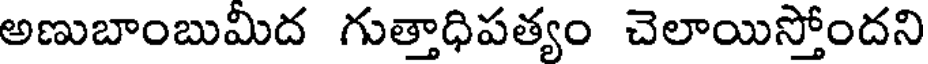
అణుబాంబుమిద గుత్తాధిపత్యం చెలాయిస్తోందని